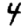
Digit: 4